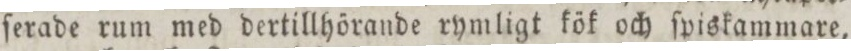
ſerade rum med dertillhörande rymligt kök och ſpiskammare,